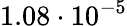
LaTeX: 1.08\cdot 10^{-5}